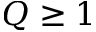
Q \geq 1